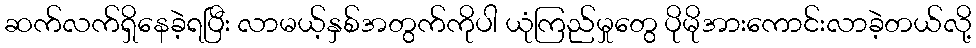
ဆက်လက်ရှိနေခဲ့ရပြီး လာမယ့်နှစ်အတွက်ကိုပါ ယုံကြည်မှုတွေ ပိုမိုအားကောင်းလာခဲ့တယ်လို့